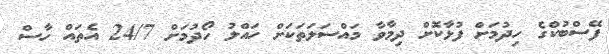
ފޭސްބުކްގެ ހިދުމަށް ފުޅާކޮށް ދިމާވާ މައްސަލަތަކަށް ހައްލު ހޯދުމަށް 24/7 އެތައް ހާސް